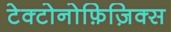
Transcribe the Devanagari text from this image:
टेक्टोनोफ़िज़िक्स